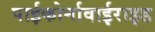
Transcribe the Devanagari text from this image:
पाईकोर्नावाईराइड